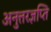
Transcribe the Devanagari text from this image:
अनुत्तरज्ञप्ति